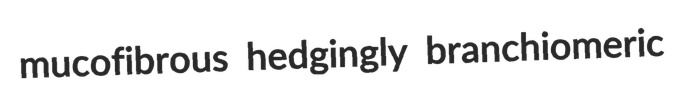
mucofibrous hedgingly branchiomeric